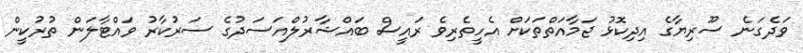
ވަދެގަނެ ސޫރިޔާގެ އިދިކޮޅު ޖަމާއަތްތަކަށް އެހީތެރިވެ ރައީސް ބައްޝާރުލްއަސަދުގެ ސަރުކާރު ވައްޓާލަން ތުރުކީން